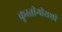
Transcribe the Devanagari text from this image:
कुस्तीगीराशी